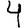
Digit: 4